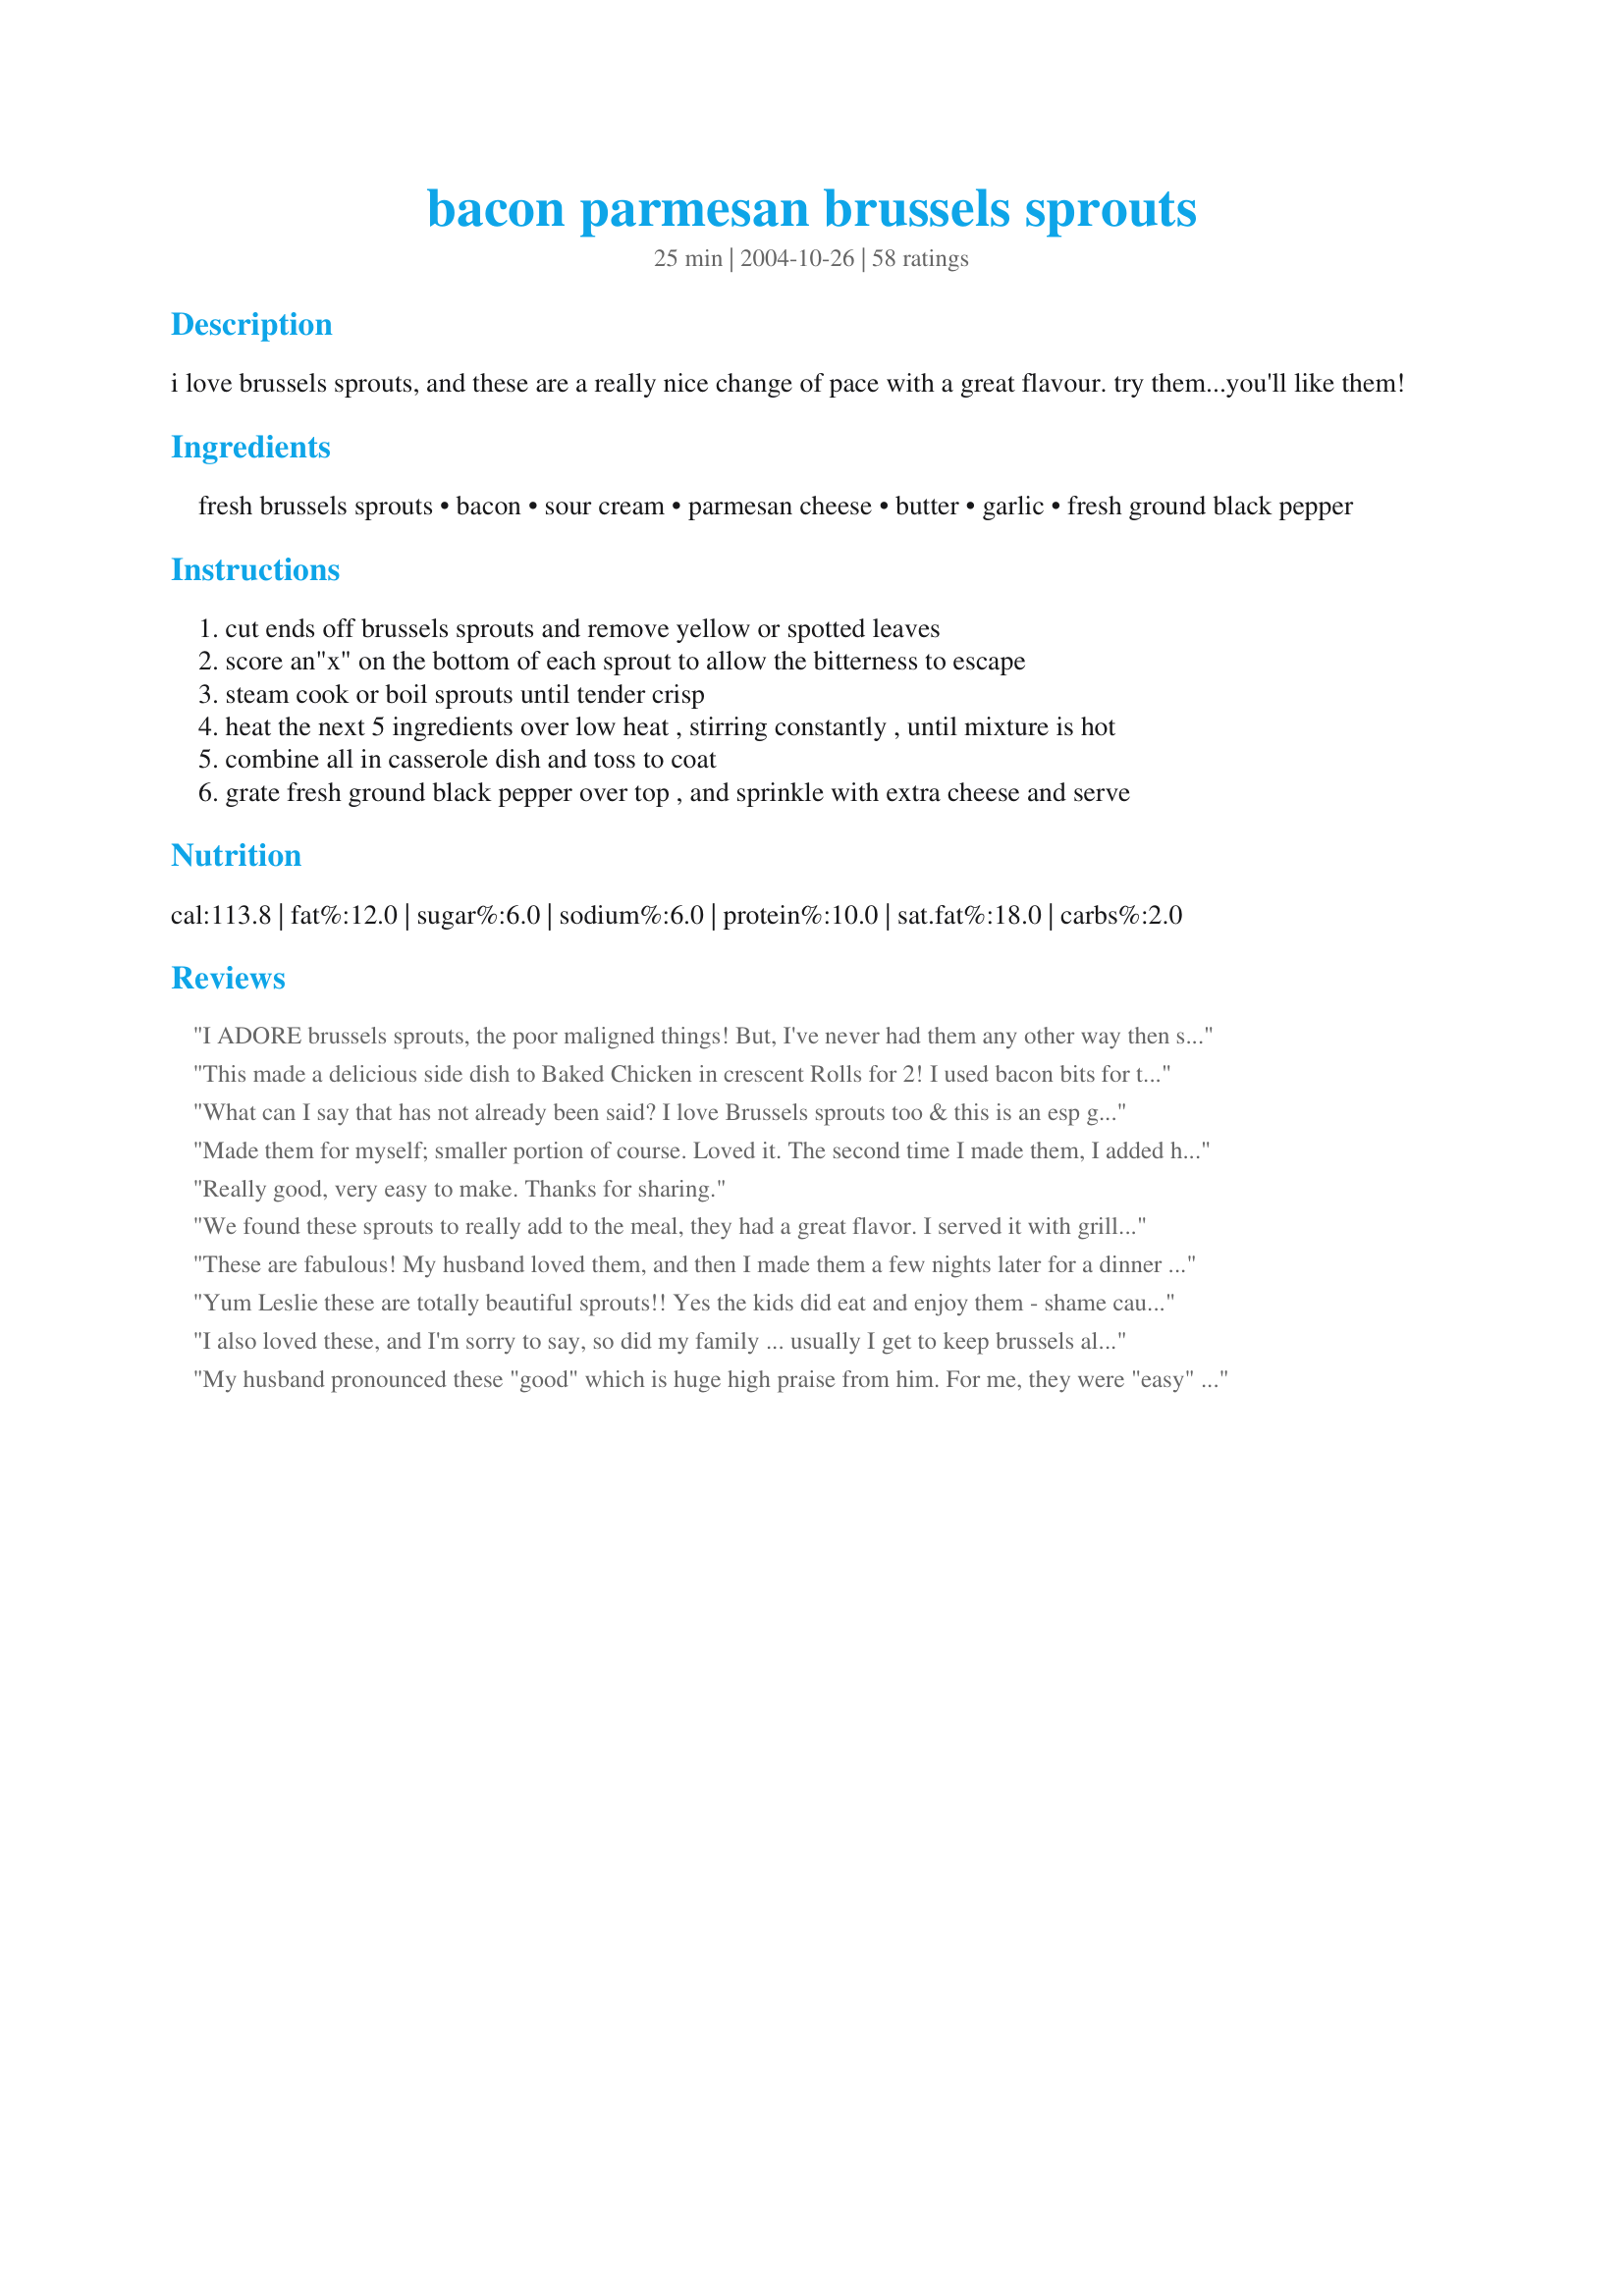
bacon parmesan brussels sprouts
Preparation time: 25 minutes

i love brussels sprouts, and these are a really nice change of pace with a great flavour. try them...you'll like them!

Ingredients:
fresh brussels sprouts, bacon, sour cream, parmesan cheese, butter, garlic, fresh ground black pepper

Steps:
cut ends off brussels sprouts and remove yellow or spotted leaves
score an"x" on the bottom of each sprout to allow the bitterness to escape
steam cook or boil sprouts until tender crisp
heat the next 5 ingredients over low heat , stirring constantly , until mixture is hot
combine all in casserole dish and toss to coat
grate fresh ground black pepper over top , and sprinkle with extra cheese and serve

Reviews:
I ADORE brussels sprouts, the poor maligned things! But, I've never had them any other way then steamed with butter. When I found another B.S. eater for Thanksgiving, I decided to give this recipe a try, following it exactly.

How good was it???? We ate THIS dish vs. the turkey and the rest of the trimmings...yes!, it's THAT good! I had to print out copies of the recipe for everyone and we plan on making it again for Christmas. Thank you, sarahsmomi, for this astonishingly good recipe!
This made a delicious side dish to Baked Chicken in crescent Rolls for 2! I used bacon bits for the bacon. Love the flavors. Thanks!
What can I say that has not already been said? I love Brussels sprouts too & this is an esp good way to serve them that will appeal to those who say they really do not care for them. I served them in gratin dishes as 2nd side to pork tenderloin + garlic-parslied potato wedges ~ an easy-fix w/a great combo of flavor & texture. Thx for sharing this keeper recipe w/us. *Edited to Add* ~ IMHO most will not be able to see 3-4 of these as a serving & 4-5 servings is a more realistic yield. :-)
Made them for myself; smaller portion of course. Loved it. The second time I made them, I added hard boiled eggs and broccoli. So easy to make and packs a full flavor. Yum. Thanks!
Really good, very easy to make. Thanks for sharing.
We found these sprouts to really add to the meal, they had a great flavor. I served it with grilled chicken and baked potatos.. .

It was easy to prepare everything so that the sprouts just had to be tossed as soon as they were ready. thanks for posting
These are fabulous! My husband loved them, and then I made them a few nights later for a dinner for my parents. They were a hit with everyone! Definitely my new go-to recipe for brussels!!
Yum Leslie these are totally beautiful sprouts!! Yes the kids did eat and enjoy them - shame cause I could have eaten them all myself!
Another one for the "make this again" cookbook!!
I also loved these, and I'm sorry to say, so did my family ... usually I get to keep brussels all to myself since no one else really likes them. I doled them each out a little, grudgingly, made sure I had some leftover, and bore them off to work the next day to have as lunch :)

I'll be making these again for sure! thanks Leslie!
My husband pronounced these "good" which is huge high praise from him. For me, they were "easy" ~ so two thumbs up!!
I'd like to preface this review with both my husband and I loathe brussel sprouts. Have since we were forced to eat them as little kids (although not together since we were on opposite sides of the country as little kids). However, served like this? It has changed both of our minds. My hubby who loudly proclaimed that there was no way in heck he would eat brussel sprouts, that they were vile tools of the devil, was intrigued when he saw me tossing them in bacon and onions. I did sautee 1/2 of a yellow onion with the bacon and tossed the cooked brussel sprouts in the bacon/onion/bacon fat yumminess before tossing with the sour cream and cheese. Wonderful! I may actually add brussel sprouts to the grocery list next week. I said 'may' :)
Great way to do Brussels sprouts. We both loved them and ate them all! The bacon really compliments the flavor of the sproutss. Keeper for sure! Made for the Babes of ZWT4.
The fam loves this recipe! Never a left over and always asking for more. A+++++!
This was so delicious - I had 3rds.
I made this last night for the Zaar World Tour II, substituting Gouda cheese for the parmesan and oh MY was it DEE-lish! And very appealing to the eye. By the time I realized my camera had malfunctioned it was all in our tummies! But that's no problem because I'll be making this again and again. I'm looking forward to try it with the parmesan. The only other thing besides the cheese I did differently was to roast the brussels sprouts instead of steaming them because we think it brings out more of their flavor. I would give this more than 5 stars if posssible!
I am giving this 5 stars because those of us who ate them thought they were great. However, my husband did not follow the "They Will Eat Them" rule. Oh well. Made for ZWT4.
Really good! Made these for Thanksgiving dinner - followed the recipe exactly. A few anti-brussel sprout people passed on it, but everyone that did try it loved the dish. Will definitely be making again.
I was out of bacon so I added equivalent amount of French Fried Onions instead and it was very delicious. I will definitely be making these again!!!
Very tasty way to serve brussels sprouts! I took this dish to our family Thanksgiving dinner. Everyone who was "brave" enough to try it, loved it! Although the flavour is fantastic, I had a little bit of trouble with the recipe - When I heated the sauce ingredients, they stayed in solid form. So, I added an additional 2 tbsp of butter but they started to burn before they became sauce consistency. So, I dropped spoonfuls of "sauce" over the veggies & stirred vigorously until they were as evenly coated as I could get them.
AWESOME!!

And several non-brussel sprouts eaters really did eat them!
I am a brussle sprout lover myself, so I can't rate fairly by the title of these. I will change the name when I serve, to- They will eat them All Gone- Brussle sprouts! This great recipe was chosen for PAC Spring '06. Thanks again Leslie!
I used turkey bacon and low fat sour cream - the sauce didn't really thicken, but it was delicious anyway.
I need no encouragement to eat brussel sprouts but I will wrestle you to the ground and call your Mama names if you try to take these off my plate. I've never had so many ingredients in a sprout dish but they work beautifully together. More flavor than you can shake a big stick at. Delicious.
These were fantastic! I've never had any of my kids eat their brussel sprouts so quickly. I followed the recipe exactly and was very happy I did. Thank you!
These were delicious!! We are a Brussels sprout eating family so I knew that we would love these. Boy...was I right. This was such a nice change and the sauce put these sprouts over the top. With my family, this only served 4, so next time I will double the recipe. Thank you for sharing. I'm glad I chose to make this for the Zaar World Tour 2006.
These were delicious! I used precooked turkey bacon because that's what I had. Such good flavor &amp; easy. Thank you for the recipe.
These Brussels sprouts are deeeeeelicious! I added a bit more garlic, otherwise made the recipe as written. I'll make this again; thanx!
I cheated and used ranch dip in place of the sour cream, pepper and garlic and is was SO good!!!! Made for ZWT4.
This is similar to a dish i've been feeding my family for years. YUMM!!! Yes, my children happily ate it. ;)
WOW!!!! Yummy yummy yummmmmmmmmmmmmmmmmmmmmmmmmmy! Thats all I have to say.
Made these for Thanksgiving. Absolutely love it but I think the sauce was just a little too thick. Will definitely make it again.
2yr old liked them. 3.5yr old did not like them. 25yr old picky af daughter liked them. Husband liked them. Overall win win :) I will be making these again.
This can make a believer of Brussels Sprouts skeptics!! There were kudos aplenty tonight but I think the sprouts got the most!! YUM!!
As advertised, we ate them. :) The sauce was heavenly. I steamed the brussels sprouts for about 15 minutes (and according to DH, I should have salted the water) to cook them. My 6 year old DD gobbled up her dinner portion, asked for seconds, and wanted leftovers in her lunch tomorrow. She gives this recipe 5 stars! Made for ZWT4, thank you for posting!
I join the ranks of those giving this recipe rave reviews! My non-Brussels Sprout eating son gobbled them down. Rather than 8 servings we only got 4 out of this because everyone wanted more. Thanks for posting this recipe.
Oh yeah this was good! If you have always thought you didnt like brussels sprouts, you really should give this recipe a try. I had seen a cooking show recently that had a similiar recipe to this and I knew I wanted to try it. I can never figure out a whole lot to do with brussels sprouts except with a melted butter sauce. So when browsing the recipes I thought I would give this one a try and I am so glad I did. I am adding this one to our holiday meal side dishes for sure. We enjoyed this with Recipe #100005 as part of a wonderful German meal last nite. Made for ZWT4.
We loved these Brussels Sprouts. It will be difficult to eat plain ones after tasting this wonderful dish.
 Great tip... to score the bottom of the Brussels sprouts to allow the bitterness to escape, it really does work. 
great blend of flavors.Will certainly make this dish again. Thanks Leslie. made for Aus/Nz swap#26
I can&#039;t wait to try this recipe. I am especially intrigued by the placement of the cut X in the bottom to cut the bitterness. I am posting this here so I will have an easier time finding the recipe when I get some brussel sprouts.
I LOVED these but my husband would only eat one, he apparently didn't like them as much as I do. He'll eat Brussels sprouts with butter and garlic salt on them but he didn't like them this way. I guess that means more for me! I just used frozen Sprouts and boiled them until they were done. Very easy to make, thanks for the recipe! Oh and they are just as good heated up in the microwave the next day!
We like brussel sprout anyway but, these are soooo good! I love the garlic and bacon flavor. My 13 yr. old asked what kind of sauce I put on them. He said they were really good.
This is a nice change of pace from my usual roasted brussels sprouts. Next time I will cut them in half and pour the sauce over them instead of leaving them whole as per a previous review. Thanks for a great recipe
never had brussels sprouts before, these were very good. I had trouble getting the sauce smooth, so I added some cream, I also used yogurt rather than sour cream so that might have something to do with it. Very tasty for a first try though!
Want a great new side dish to complement a big dinner (like Thanksgiving or Christmas)? This is it! I asked my niece to prepare this for a Thanksgiving side dish and she did a great job, having never prepared any sort of brussels sprouts before. It's a little much for regular, everyday supper but it's absolutely terrific for special events. This dish tenons a perfect blend of flavors (especially the sprouts and the Parmesan) -- brilliantly conceived! Highly recommended.
I love brussel sprouts anyway, but these are exceptional. I did use a whole clove of garlic. You were kidding about the 8 servings, right?
DH thought these were the best he has ever eaten. He gives them a 5 star. I thought the sauce took away from the flavor of the Brussel Sprouts. (which I really like). This explains why people who don't like them will eat this dish. Don't get me wrong this is a great dish and I will make it again. I just think the sauce overpowered the sprouts.

Update 9/9/06 Here I am again. This time I knew what to expect. The sauce still took over the flavor of the sprouts but it was well worth it. This is a dish that everyone should at least try. Thanks, Leslie for posting. This is in my keeper cook book.
These were fabulous! The sauce was perfect! Will definitely make these again!
Needed a change, saw this recipe and decided that it was on the menu for last night. I don&#039;t know what else I can say but I&#039;ll add my WOW! I mixed the sauce in a bowl while the sprouts were steaming. After draininng the sprouts I simply added the sauce which combined with the little bit of wated left in the pot. The pot was warm and the sprouts were warm so the sauce heated through without having to cook it seperately. We like sprouts so there were only five left over for my breakfast! Tasting the sauce before adding it to the sprouts made me want to try it on chicken, will do that next week! Thanks
These are great! One of my favorite recipes so far on Zaar!!
Thanks!
Delicious! Since in cooked them for myself, I quartered the recipe and used Gruyere cheese. Very nice flavor and no bitterness! Thank you for the recipe!
Oh, my. These were scrumptious. I did double the recipe-- one recipe would definitely not make 8 servings in my house! I also doubled the garlic. I used frozen sprouts, microwaved with a few Tbsp. water, a few Tbsp. apple cider vinegar, sugar, and then drained and put back in the casserole I had cooked them in. Very easy! To make it even more so next time I will buy microwaveable fully-cooked bacon, I think. Definitely delicious, the hard-core brussels sprouts haters didn't take any but some who usually don't like them much liked these.

Definitely not for everyday consumption, but for a special occasion these were superb.
These were really good and I will make again when my garden is in full swing. We love brussel sprouts and this is a nice recipe to add to our collections. Thank you for sharing this with us.
This is a very good recipe. I usually roast the sprouts, but I thought the crusty outsides would be soggy after adding the sauce. The sauce has plenty of variety in flavors, and the balance was very good. I believe you could substitute other cheeses for the parmesan, but it is really good this way. We enjoyed this very much, and have saved this to my tried & true cookbook. Thanks for sharing.
These were delicious. I prefer roasting them first (I like the nutty flavor it brings out). I did it with frozen sprouts and can imagine that fresh is much better; I'll definitely use fresh next time.
Wow, these were fabulous! I made them for Christmas dinner and they were a hit. I used frozen Brussels sprouts and real bacon bits, and just estimated the rest of the ingredients. Thanks for sharing!
You are right....they WILL eat them!! These were so very good!!! Thanks Leslie!!!!
I love Brussel sprouts and am always on the lookout for new ways to cook them to get my picky kids to eat them. Lo and behold, even my nine year old ate these; he pretended to hate them but not a one was left on his platehehehe!! I can't wait to make these again!
Yes - these were really good, and everyone ate them. (Not devoured, but they are vegetables after all - no matter, more for me.)
These were very good, and a nice change of pace to the original roasted brussel sprout.(which we eat regularly. I boiled them for about 4 minutes, then sliced in half and baked in oven for about 25 minutes.until roasted. Then I poured the sauce over and baked an additonal 5 minutes. Thanks for the great dish!!!
